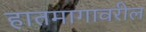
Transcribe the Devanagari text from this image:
हातमागावरील